Vital statistics of India. Vol. VI, European troops 1870-79
Year: 1870
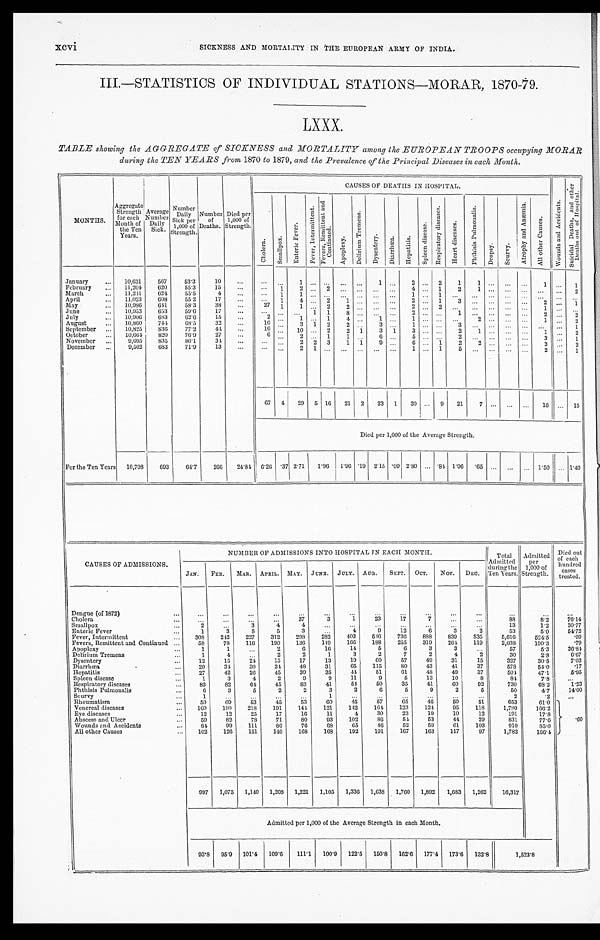
.
III.—STATISTICS OF INDIVIDUAL STATIONS—MORAR, 1870-79.
TABLE showing the AGGREGATE of SICKNESS and MORTALITY among the EUROPEAN TROOPS occupying MORAR
during the TEN YEARS from 1870 to 1879, and the Prevalence of the Principal Diseases in each Month.
MONTHS.
Aggregate Strength for each
Month of
the Ten
Years.
Average
Number Dai l y
Sick.
Number Daily
Sick per
1,000 of
Strength.
Number of
Deaths.
Died per
1,000 of
Strength.
CAUSES OF DEATHS IN HOSPITAL.
W o u n d s a n d A c c i d e n t s .
S u i c i d a l D e a t h s , a n d o t h e r D e a t h s o u t o f H o s p i t a l .
C h o l e r a . S m a l l p o x . E n t e r i c F e v e r .
F e v e r , I n t e r m i t t e n t .
F e v e r s , R e m i t t e n t a n d C o n t i n u e d .
A p o p l e x y .
D e l i r i u m T r e m e n s .
D y s e n t e r y .
Di ar r hœa.
H e p a t i t i s .
S p l e e n d i s e a s e .
R e s p i r a t o r y d i s e a s e .
H e a r t d i s e a s e .
P h t h i s i s P u l m o n a l i s .
D r o p s y .
S c u r v y .
A t r o p h y a n d A n æ m i a .
A l l o t h e r C a u s e s .
January
10,631 567 53.3 10
1
1
2
2 1 1
1
1
February
11,204 620 55.3 15
1
2
2
4
1 2 1
2
March
11,241 624 55.5
4
1
1
1
1
April
11,023 608 55.2 17
1 4
2 1
2
1 3
2
1
May
10,986 641 58.3 38
27 1 1
2 2
2 2
1
June
10,953 653 59.6 17
1 1
8
2
1
2
2
July
10,906
6 8 3 62.6 15
2
1
1
4
1
1
2
1
2
August
10,860 744 68.5 32
16
3
1 2 2
3
1
3
1
September
10,825 836 77.2 44
16
10
2 2 1 3 1
3
2 1
1
2
October
10,664 820 76.9 27
6
2
1 1
6
5
2
3
1
November
9,695 835 86.1 34
2 2 3 1 1 9
6 1
2 2
3
2
December
9,502 683 71.9 13
2 1
1
1
5
2
1
67 4 29 5 16 21 2 23 1 30
9 21 7
16
15
Died per 1,000 of the Average Strength.
For the Ten Years 10,708 693 64.7 266 24.84 6.26 . 37 2.71 1.96 1.96 .19 2.15 .09 2.80 .84 1.96 .65
1.50
1 . 4 0
CAUSES OF ADMISSIONS.
NUMBER OF ADMISSIONS INTO HOSPITAL I N EACH MONTH.
I Total
Admitted during the
Ten Years.
Admitted per
1,000 of
Strength.
Died out
of each
hundred
treated.
JAN. FEB. MAR. APRIL. MAY. JUNE. JULY. AUG. SEPT. OCT. Nov. DEC.
Dengue (of 1872)
Cholera
37
3
1
23
17
7
8 8
8. 2
7 6 . 1 4
Smallpox
2
3
4
4
13
1. 2
30.77
Enteric Fever
1
3
5
5
3
4
9
12
6
3
2
53
5. 0
54.72
Fever, Intermittent
308 242 227 312 298 282 403 546 736 888 839 535
5,616
524. 5
.09
Fevers, Remittent and Continued
58
78 116 190 136 149 166 188 255 319 264 119
2,038 190. 3
.79
Apoplexy
1 1
2
6
16
14
5
6
3
3
57
5. 3
36.84
Delirium Tremens
1
4
2
2
1
3
2
7
2
4
2
30
2. 8
6.67
Dysentery
1 2 15
24 15 17
13
19
60
57
49
31
15
327
30. 5
7.03
Diarrhœa
20
34 30
34 48
31
65 115
80
43
41
37
578
54. 0
.17
Hepatitis
27
42
26
45
39
35
44 51
61
48
49
37
504
47.1
5.95
Spleen disease
1
3
4
2
9
9
11
9
5
13
10
8
84
7. 8
Respiratory diseases
8 3 82 64 45
83
41
54 50
35
41
60
92
730
68. 2
1.23
Phthisis Pulmonalis
6
3
5
2
2
3
2
6
5
9
2
5
50
4. 7
14.00
Scurvy
1
1
2
.2
Rheumatism
59 69
53
45
53
60
45
57
65
4 6
50
51
653
61.0
Venereal diseases
160 180 218 191 144 121 142 164 123 124
95 118
1,780 166. 2
Eye diseases
1 2 12 25
17
16
11
4 30
23
19
10
12
191
17. 8
Abscess and Ulcer
5 9 82 78 71
80
93 102
86
54
53
44
29
831
77.6
.60
Wounds and Accidents
8 4
9 9 111
86
76 68 65 46
52
59
6 1 103
910
85. 0
All other Causes
102 126 151 140 168 168 192 191 167 163 117 97 1,782 166. 4
997 1,075 1,140 1,208 1,221 1,105 1,336 1,638 1,760 1,892 1,683 1,262 16,317
Admitted per 1,000 of the Average Strength in each Month.
93.8 95.9 101.4 109.6 111.1 100.9 122.5 150.8 162.6 177.4 173.6 132.8
1 , 5 2 3 . 8